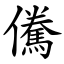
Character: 儯